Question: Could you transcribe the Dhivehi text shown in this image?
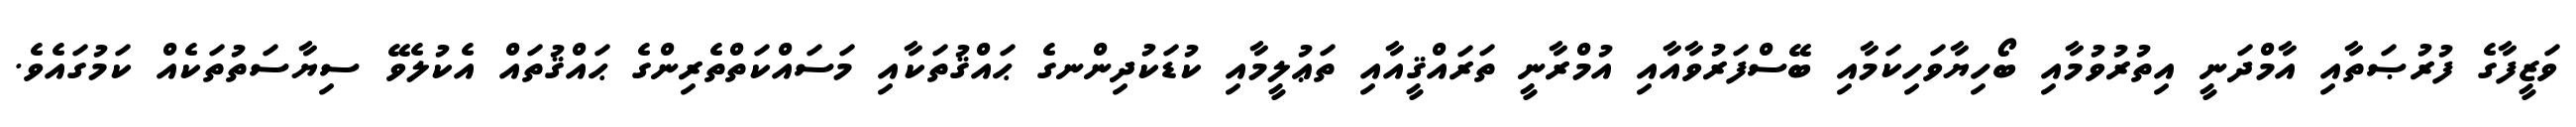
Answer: ވަޒީފާގެ ފުރުޞަތާއި އާމްދަނީ އިތުރުވުމާއި ބޯހިޔާވަހިކަމާއި ބޭސްފަރުވާއާއި އުމްރާނީ ތަރައްޤީއާއި ތަޢުލީމާއި ކުޑަކުދިންނގެ ޙައްޤުތަކާއި މަސައްކަތްތެރިންގެ ޙައްޤުތައް އެކުލެވޭ ސިޔާސަތުތަކެއް ކަމުގައެވެ.